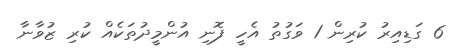
6 ގަޑިއިރު ކުރިން 1 ވަގުތު އެހީ ފޮނި އުންމީދުތަކެއް ކުރި ޒުވާނާ